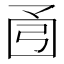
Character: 𫸭